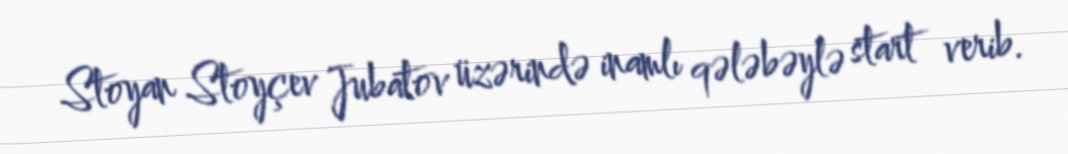
Stoyan Stoyçev Jubatov üzərində inamlı qələbəylə start verib.